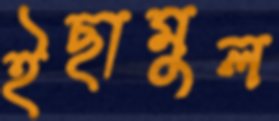
ইছামুল